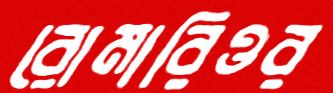
রোমারিওর